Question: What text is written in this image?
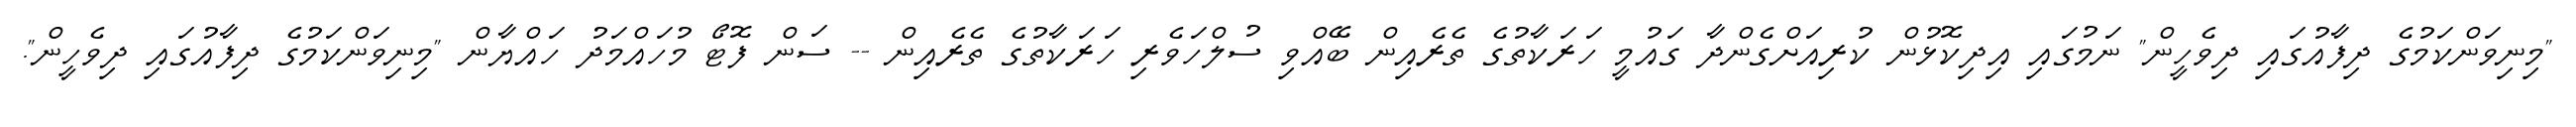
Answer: "މިނިވަންކަމުގެ ދިފާއުގައި ދިވެހީން" ނަމުގައި އިދިކޮޅުން ކުރިއަށްގެންދާ ގައުމީ ހަރަކާތުގެ ތެރެއިން ބޭއްވި ސުލްހަވެރި ހަރަކާތުގެ ތެރެއިން -- ސަން ފޮޓޯ މުހައްމަދު ހައްޔާން "މިނިވަންކަމުގެ ދިފާއުގައި ދިވެހީން".